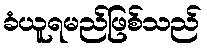
ခံယူရမည်ဖြစ်သည်